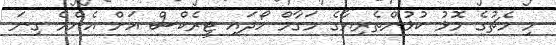
މި މެޗުގެ މޮޅު ކުޅުންތެރިޔާގެ މަގާމް ހޯދައި ޓީރެކްސް އަށް އެންމެ ގިނަ